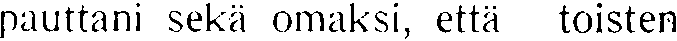
pauttani sekä omaksi, että toisten